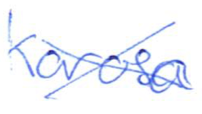
Text: Karosa
Cross-out: cross
Writing tool: ballpoint